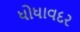
ધોધાવદર